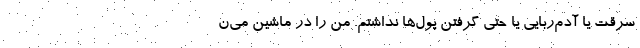
سرقت یا آدم‌ربایی یا حتی گرفتن پول‌ها نداشتم. من را در ماشین می‌ن